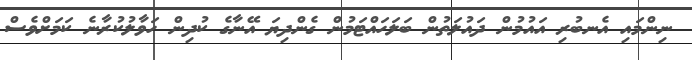
ނިންމައި އެނބުރި އައުމުން ދައުލަތުން ބަލަހައްޓަމުން ގެންދިޔަ އޭނާގެ ކުދިން ހަވާލުކުރާނެ ކަމަށްވެސް